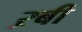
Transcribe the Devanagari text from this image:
ऱबी